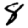
Digit: 8